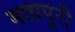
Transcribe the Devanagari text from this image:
माधपुरी